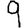
Digit: 9